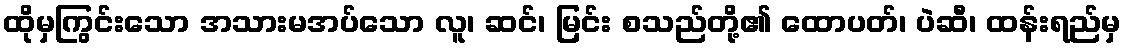
ထိုမှကြွင်းသော အသားမအပ်သော လူ၊ ဆင်၊ မြင်း စသည်တို့၏ ထောပတ်၊ ပဲဆီ၊ ထန်းရည်မှ